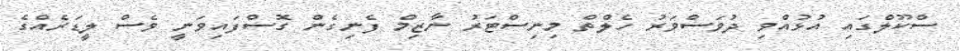
ސްކޫލްގައި އުޅުއްވި ދުވަސްވަރު ހެލްތް މިނިސްޓަރު ނާޒިމް ފެނިގެން ގޮސްފައިވަނީ ވެސް ލީޑަރެއްގެ